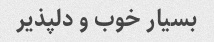
بسیار خوب و دلپذیر